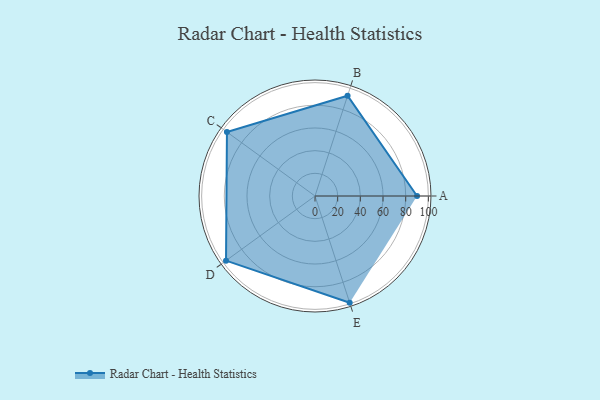
{"axis": {"x": "Skill", "y": "Score"}, "legend": ["Profile"], "data": [{"x": "A", "y": 90.0, "type": "Profile"}, {"x": "B", "y": 93.0, "type": "Profile"}, {"x": "C", "y": 96.0, "type": "Profile"}, {"x": "D", "y": 97.0, "type": "Profile"}, {"x": "E", "y": 99, "type": "Profile"}]}